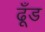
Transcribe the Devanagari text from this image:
ढूँड